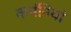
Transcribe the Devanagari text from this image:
कपंनियां